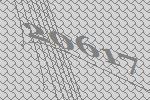
20617